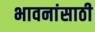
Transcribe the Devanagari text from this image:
भावनांसाठी